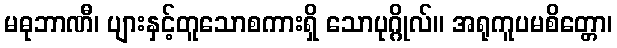
မဓုဘာဏီ၊ ပျားနှင့်တူသောစကားရှိ သောပုဂ္ဂိုလ်။ အရုကူပမစိတ္တော၊